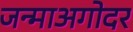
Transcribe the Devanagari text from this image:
जन्माअगोदर